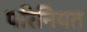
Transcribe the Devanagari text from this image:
परिनियत